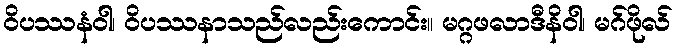
ဝိပဿနံဝါ၊ ဝိပဿနာသည်လည်းကောင်း။ မဂ္ဂဖလာဒီနိဝါ၊ မဂ်ဖိုလ်